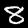
Label: 8